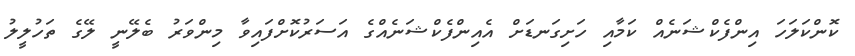
ކޮންކަލަހަ އިންފެކްޝަނެއް ކަމާއި ހަށިގަނޑަށް އެއިންފެކްޝަނެއްގެ އަސަރުކޮށްފައިވާ މިންވަރު ބެލޭނީ ލޭގެ ތަހުލީލު